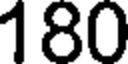
180